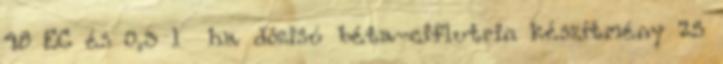
48 EC és 0,3 l ha dózisú béta-ciflutrin készítmény 25